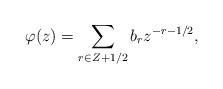
LaTeX: \begin{align*} \varphi (z) = \sum _{r\in Z+1/2}b_{r}z^{-r-1/2},\end{align*}